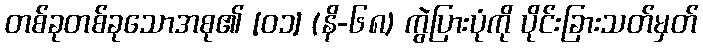
တစ်ခုတစ်ခုသောအစု၏ [၀၁] (နိ-၆၈) ကွဲပြားပုံကို ပိုင်းခြားသတ်မှတ်